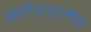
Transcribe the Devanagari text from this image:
स्‍वीटरलैंड